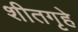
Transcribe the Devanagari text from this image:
शीतगृहे